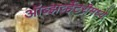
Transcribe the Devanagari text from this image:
ऑब्झर्व्हेटरीमध्ये